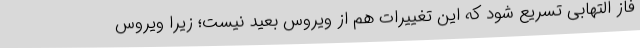
فاز التهابی تسریع شود که این تغییرات هم از ویروس بعید نیست؛ زیرا ویروس